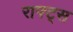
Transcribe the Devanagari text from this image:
राफ्ट्स